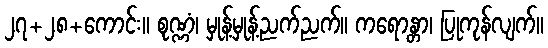
၂၇+၂၈+ကောင်း။ စုဏ္ဏံ၊ မှုန့်မှုန့်ညက်ညက်။ ကရောန္တာ၊ ပြုကုန်လျက်။